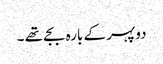
دوپہر کے بارہ بجے تھے ۔